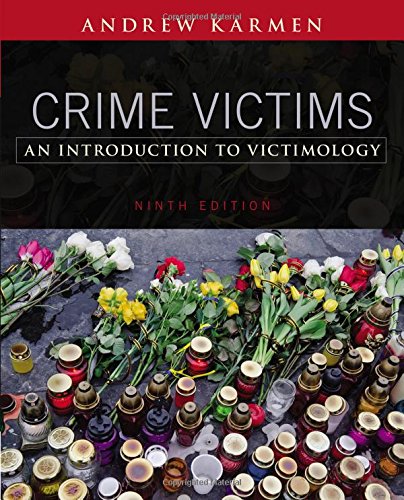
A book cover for Crime Victims: An Introduction to Victimology; Andrew Karmen; Politics & Social Sciences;